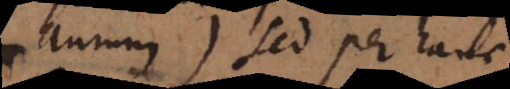
aurum) sed per hanc